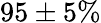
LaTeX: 95\pm 5\%